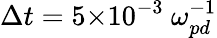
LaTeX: {\Delta{t}}=5{\times}10^{-3}~{\omega}_{pd}^{-1}